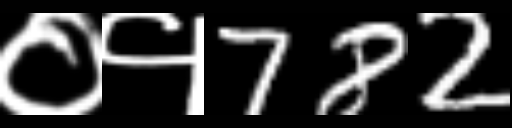
Text: ०१782